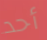
أحد